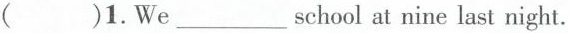
( )1.We \underline school at nine last night.